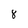
Character: 8